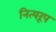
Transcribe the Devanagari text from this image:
नित्यरूप